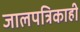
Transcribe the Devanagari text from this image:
जालपत्रिकाही